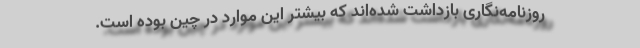
روزنامه‌نگاری بازداشت شده‌اند که بیشتر این موارد در چین بوده است.